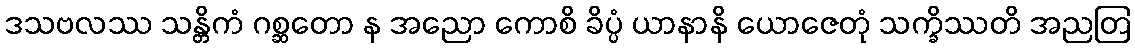
ဒသဗလဿ သန္တိကံ ဂစ္ဆတော န အညော ကောစိ ခိပ္ပံ ယာနာနိ ယောဇေတုံ သက္ခိဿတိ အညတြ